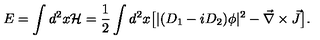
E = \int d ^ { 2 } x { \cal H } = { \frac { 1 } { 2 } } \int d ^ { 2 } x \big [ | ( D _ { 1 } - i D _ { 2 } ) \phi | ^ { 2 } - { \vec { \nabla } \times \vec { J } } \big ] .